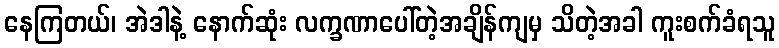
နေကြတယ်၊ အဲဒါနဲ့ နောက်ဆုံး လက္ခဏာပေါ်တဲ့အချိန်ကျမှ သိတဲ့အခါ ကူးစက်ခံရသူ